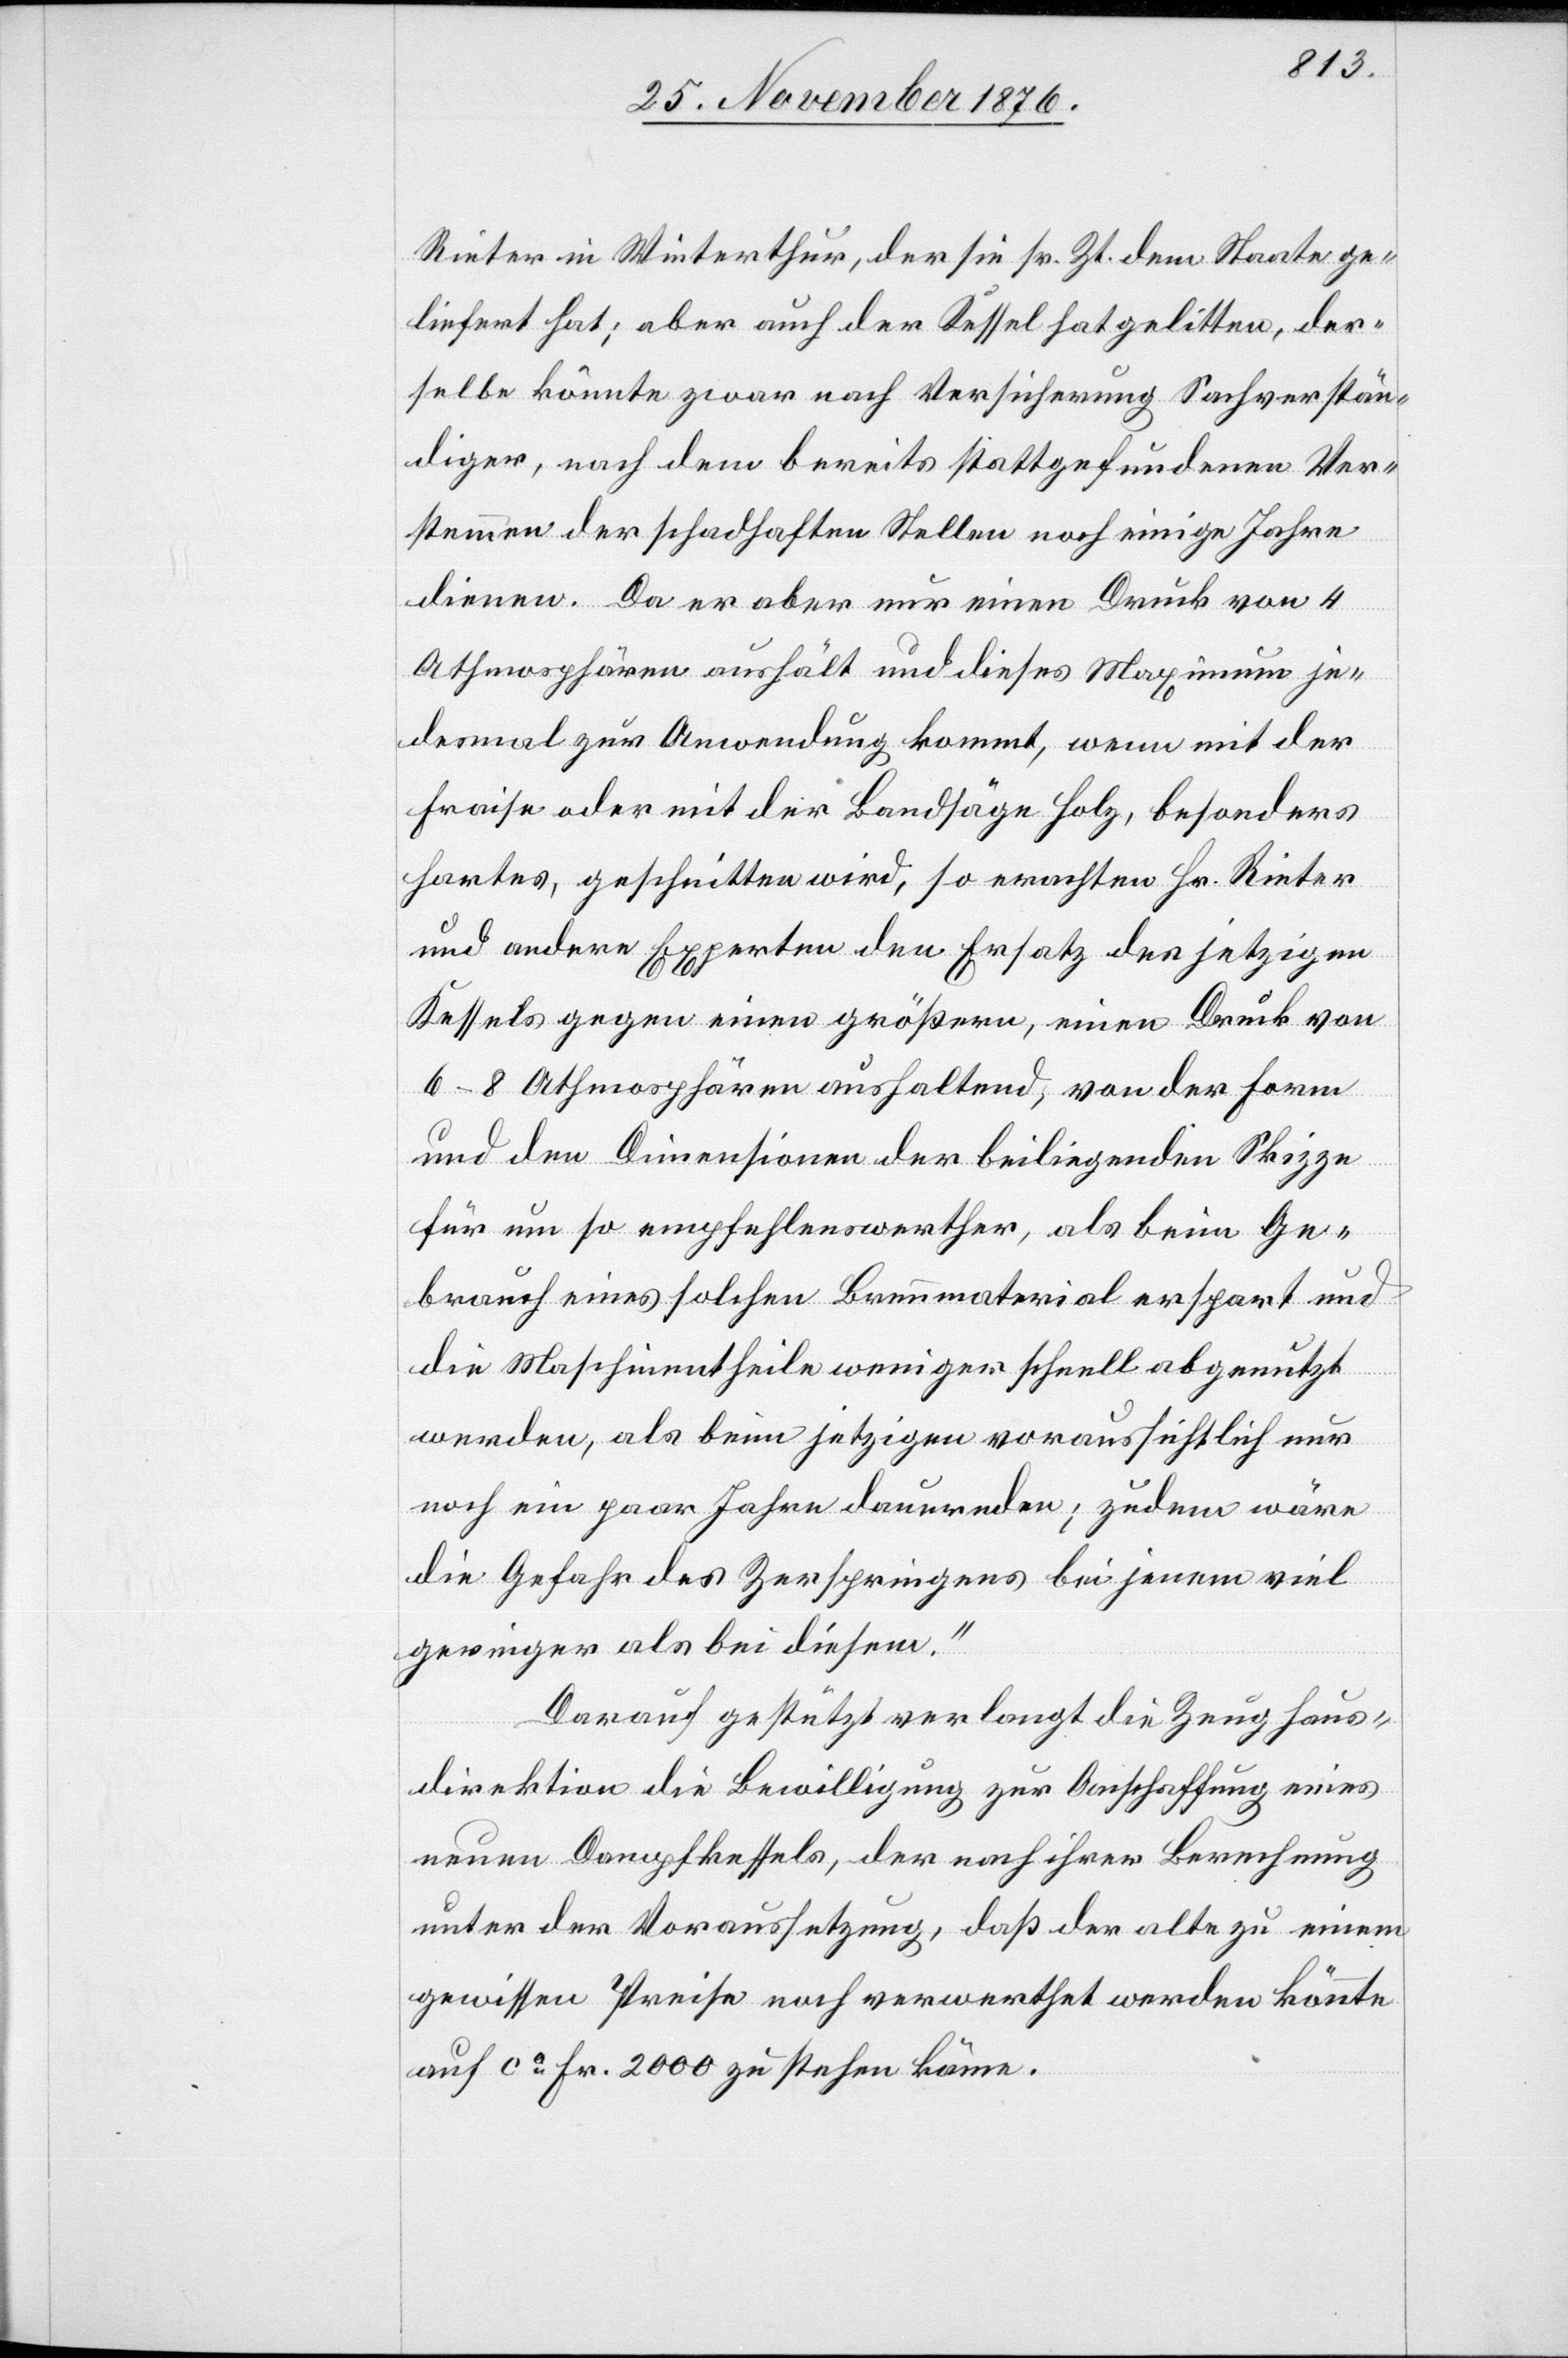
Rieter in Winterthur, der sie sr. Zt. dem Staate ge¬
liefert hat; aber auch der Kessel hat gelitten, der¬
selbe könnte zwar nach Versicherung Sachverstän¬
diger, nach dem bereits stattgefundenen Ver¬
stemmen der schadhaften Stellen noch einige Jahre
dienen. Da er aber nur einen Druck von 4
Athmosphären aushält und dieses Maximum je¬
desmal zur Anwendung kommt, wenn mit der
Fraise oder mit der Bandsäge Holz, besonders
hartes, geschnitten wird, so erachten Hr. Rieter
und andere Experten den Ersatz des jetzigen
Kessels gegen einen größern, einen Druck von
6–8 Athmosphären aushaltend, von der Form
und den Dimensionen der beiliegenden Skizze
für um so empfehlenswerther, als beim Ge¬
brauch eines solchen Brennmaterial erspart und
die Maschinentheile weniger schnell abgenutzt
werden, als beim jetzigen voraussichtlich nur
noch ein paar Jahre dauernden; zudem wäre
die Gefahr des Zerspringens bei jenem viel
geringer als bei diesem.“
Darauf gestützt verlangt die Zeughaus¬
direktion die Bewilligung zur Anschaffung eines
neuen Dampfkessels, der nach ihrer Berechnung
unter der Voraussetzung, daß der alte zu einem
gewissen Preise noch verwerthet werden könnte
auf ca Fr. 2000 zu stehen käme.